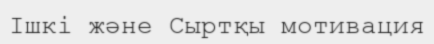
Ішкі және Сыртқы мотивация